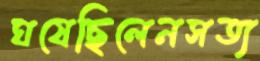
ঘষেছিলেনসত্য